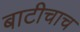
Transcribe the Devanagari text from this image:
बाटीचाच